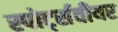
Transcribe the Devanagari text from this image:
स्पोर्ट्सवीयर